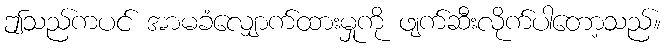
ဤသည်ကပင် အာမခံလျှောက်ထားမှုကို ဖျက်ဆီးလိုက်ပါတော့သည်။